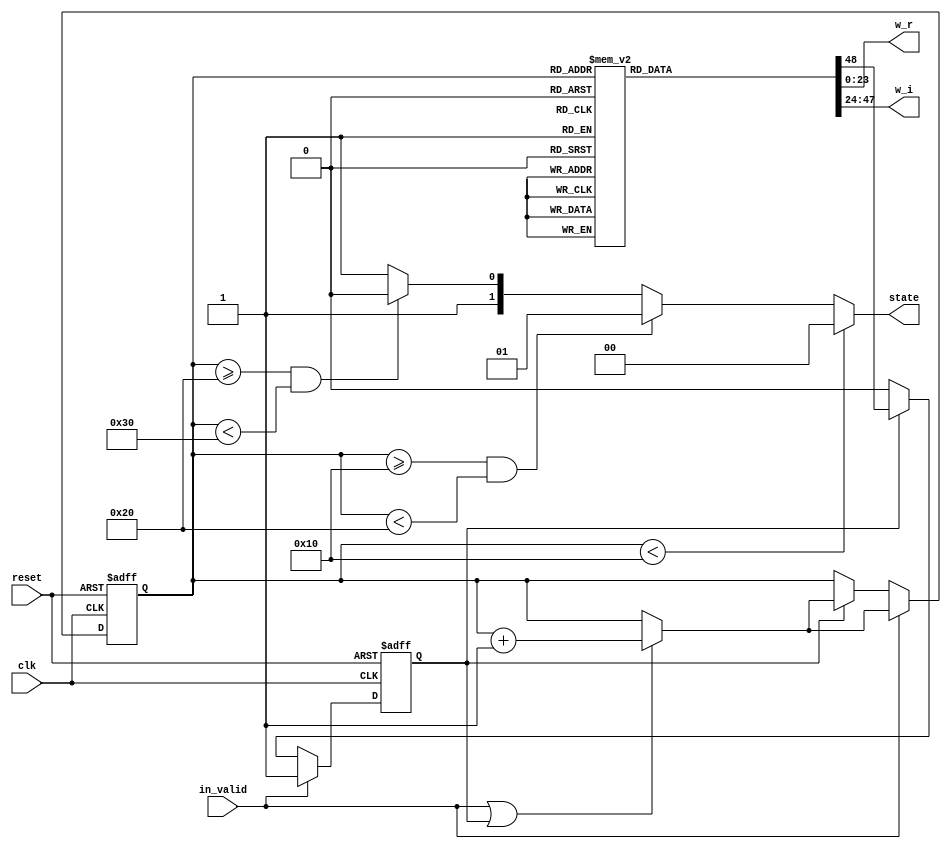
// This program was cloned from: https://github.com/abdelazeem201/Design-and-ASIC-Implementation-of-32-Point-FFT-Processor
// License: MIT License

// --------------------------------------------------------------------
// >>>>>>>>>>>>>>>>>>>>>>>>> COPYRIGHT NOTICE <<<<<<<<<<<<<<<<<<<<<<<<<
// --------------------------------------------------------------------
// Github: https://github.com/abdelazeem201
// Description: ROM_16 module
// Dependencies: 
// Since: 2021-12-20 1:19:2
// ********************************************************************
// Module Function
module ROM_16(
		input wire clk,
		input wire in_valid,
		input wire reset,
		output reg [23:0] w_r,
		output reg [23:0] w_i,
		output reg[1:0] state
	);

	reg valid,next_valid;
	reg [5:0] count,next_count;

	always@(posedge clk or posedge reset)begin
		if(reset)begin
			count <= 0;
			valid <= 0;
		end
		else if(in_valid)
		begin
			count <= next_count;
			valid <= in_valid;
		end
		else if (valid)
		begin
			count <= next_count;
			valid <= next_valid;
		end
	end
	
		always @(*) begin
		if(in_valid || valid)next_count = count + 1;
		else next_count = count;
		
		if (count<6'd16) 
			state = 2'd0;
		else if (count >= 6'd16 && count < 6'd32)
			state = 2'd1;
		else if (count >= 6'd32 && count < 6'd48)
			state = 2'd2;
		else state = 2'd3;
		case(count)
		6'd32: begin
			w_r = 24'b 00000000_00000001_00000000;
			w_i = 24'b 00000000_00000000_00000000;
			next_valid = 1'b1;
			end
		6'd33: begin
			w_r = 24'b 00000000_00000000_11111011;
			w_i = 24'b 11111111_11111111_11001110;
			next_valid = 1'b1;
			end
		6'd34: begin
			w_r = 24'b 00000000_00000000_11101101;
			w_i = 24'b 11111111_11111111_10011110;
			next_valid = 1'b1;
			end
		6'd35: begin
			w_r = 24'b 00000000_00000000_11010101;
			w_i = 24'b 11111111_11111111_01110010;
			next_valid = 1'b1;
			end
		6'd36: begin
			w_r = 24'b 00000000_00000000_10110101;
			w_i = 24'b 11111111_11111111_01001011;
			next_valid = 1'b1;
			end
		6'd37: begin
			w_r = 24'b 00000000_00000000_10001110;
			w_i = 24'b 11111111_11111111_00101011;
			next_valid = 1'b1;
			end
		6'd38: begin
			w_r = 24'b 00000000_00000000_01100010;
			w_i = 24'b 11111111_11111111_00010011;
			next_valid = 1'b1;
			end
		6'd39: begin
			w_r = 24'b 00000000_00000000_00110010;
			w_i = 24'b 11111111_11111111_00000101;
			next_valid = 1'b1;
			end
		6'd40: begin
			w_r = 24'b 00000000_00000000_00000000;
			w_i = 24'b 11111111_11111111_00000000;
			next_valid = 1'b1;
			end
		6'd41: begin
			w_r = 24'b 11111111_11111111_11001110;
			w_i = 24'b 11111111_11111111_00000101;
			next_valid = 1'b1;
			end
		6'd42: begin
			w_r = 24'b 11111111_11111111_10011110;
			w_i = 24'b 11111111_11111111_00010011;
			next_valid = 1'b1;
			end
		6'd43: begin
			w_r = 24'b 11111111_11111111_01110010;
			w_i = 24'b 11111111_11111111_00101011;
			next_valid = 1'b1;
			end
		6'd44: begin
			w_r = 24'b 11111111_11111111_01001011;
			w_i = 24'b 11111111_11111111_01001011;
			next_valid = 1'b1;
			end
		6'd45: begin
			w_r = 24'b 11111111_11111111_00101011;
			w_i = 24'b 11111111_11111111_01110010;
			next_valid = 1'b1;
			end
		6'd46: begin
			w_r = 24'b 11111111_11111111_00010011;
			w_i = 24'b 11111111_11111111_10011110;
			next_valid = 1'b1;
			end
		6'd47: begin
			w_r = 24'b 11111111_11111111_00000101;
			w_i = 24'b 11111111_11111111_11001110;
			next_valid = 1'b0;
			end
		default: begin
			w_r = 24'b 00000000_00000001_00000000;
			w_i = 24'b 00000000_00000000_00000000;
			next_valid = 1'b1;
			end
		endcase
	end
endmodule